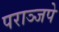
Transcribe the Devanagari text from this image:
पराञ्जपे